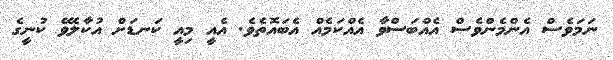
ނަމަވެސް އެންމެންވެސް އެއްބަސްވާ އެއްކަމެއް އެބައޮތެވެ. އެއީ މިއީ ކަނޑަށް އުކާލެވޭ ކުނީގެ